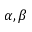
\alpha , \beta